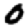
Digit: 0